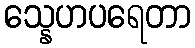
သ္နေဟပရေတာ